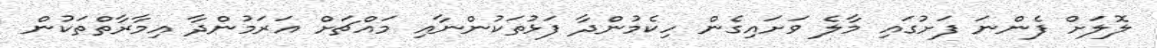
ލޮލަށް ފެންނަ ފަށުގައި މާލެ ވަށައިގެން ހިކެމުންދާ ފަޅުތަކުންނާއި މައްޗަށް އަރަމުންދާ އިމާރާތްތަކުން